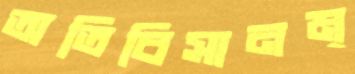
অতিবিসানম্